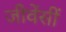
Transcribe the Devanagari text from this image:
जीवेंसीं